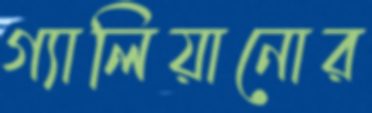
গ্যালিয়ানোর